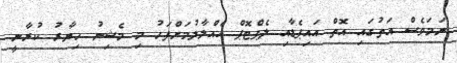
ނަމަވެސް އަތުގައި އޮތް އައިޕެޑާއި ލެޕްޓޮޕް އެއްލާލުމަށްފަހު މި މެޝިނު ހިޔާރު ކުރާނީ